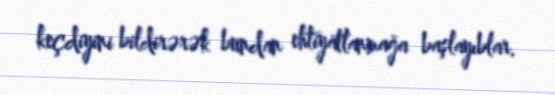
keçdiyini bildirərək bundan ehtiyatlanmağa başlayıblar.